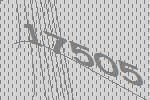
17505